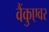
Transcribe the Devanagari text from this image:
वैंकुएवर